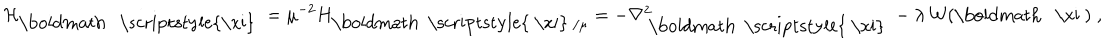
{ \mathcal H } _ { { \mathrm { \boldmath ~ \scriptstyle { \ x i } ~ } } } = \mu ^ { - 2 } H _ { \mathrm { \boldmath ~ \scriptstyle { ~ \ x i } ~ } / \mu } = - \nabla _ { \mathrm { ~ \boldmath ~ \scriptstyle { ~ \ x i } ~ } } ^ { 2 } - \lambda \, { \mathcal W } ( \mathrm { \boldmath ~ \ x i ~ } ) \; ,